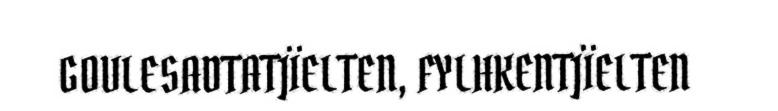
GOVLESADTATJÏELTEN, FYLHKENTJÏELTEN